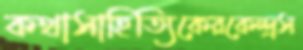
কথাসাহিত্যিকেরকেন্দ্রস